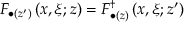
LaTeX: F _ { \bullet ( z ^ { \prime } ) } \left( x , \xi ; z \right) = F _ { \bullet ( z ) } ^ { \dagger } \left( x , \xi ; z ^ { \prime } \right)